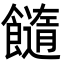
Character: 𩟆